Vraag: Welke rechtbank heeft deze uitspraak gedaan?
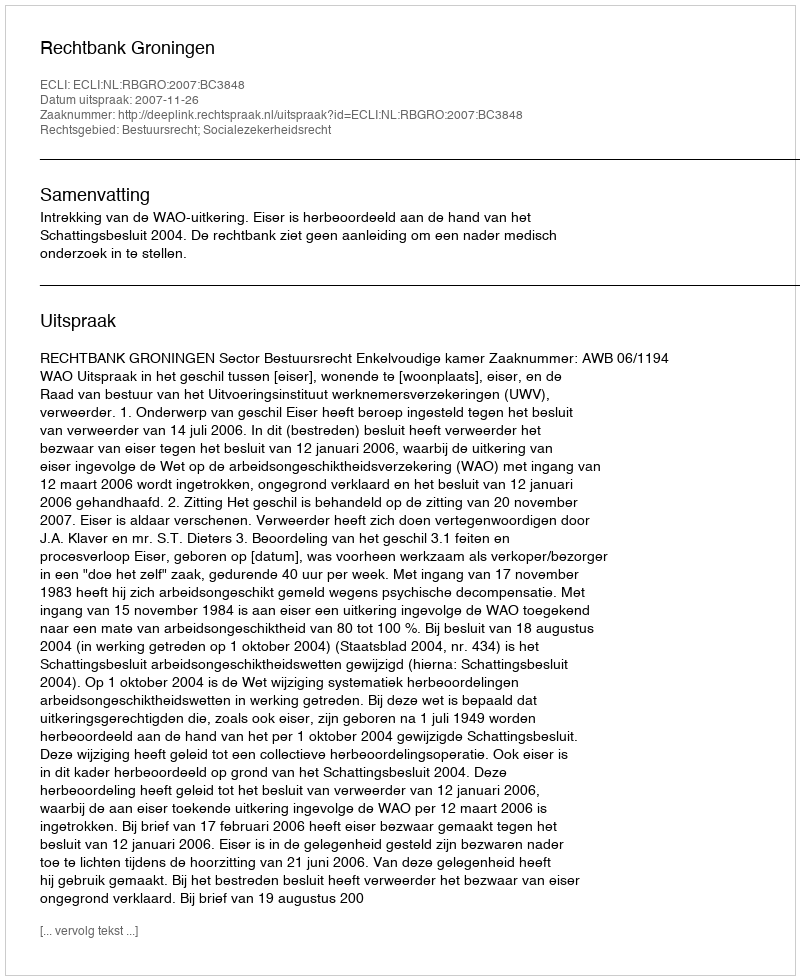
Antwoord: Rechtbank Groningen